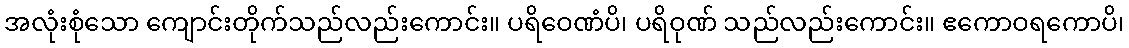
အလုံးစုံသော ကျောင်းတိုက်သည်လည်းကောင်း။ ပရိဝေဏံပိ၊ ပရိဝုဏ် သည်လည်းကောင်း။ ဧကောဝရကောပိ၊